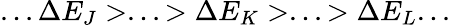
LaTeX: ...\Delta E_{J}>...>\Delta E_{K}>...>\Delta E_{L}...